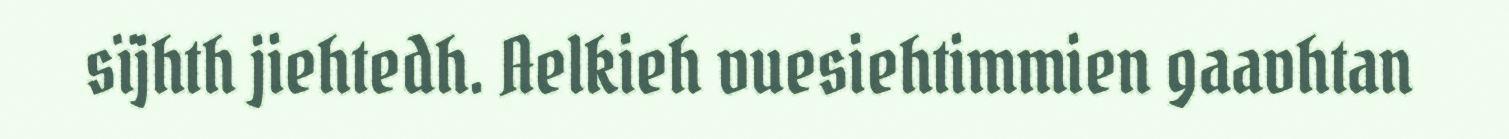
sïjhth jiehtedh. Aelkieh vuesiehtimmien gaavhtan